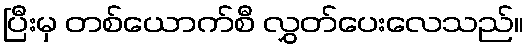
ပြီးမှ တစ်ယောက်စီ လွှတ်ပေးလေသည်။